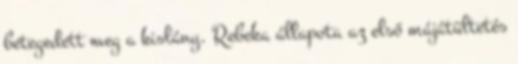
betegedett meg a kislány. Rebeka állapota az első májátültetés